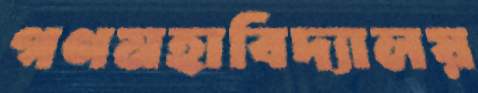
গণমহাবিদ্যালয়